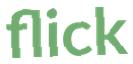
flick